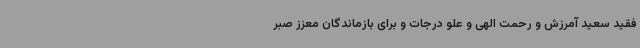
فقید سعید آمرزش و رحمت الهی و علو درجات و برای بازماندگان معزز صبر